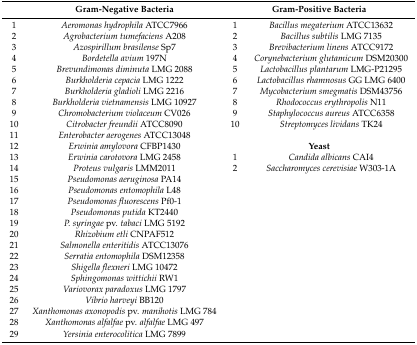
<table><thead><tr><td></td><td><b>Gram-Negative Bacteria</b></td><td colspan="2"><b>Gram-Positive Bacteria</b></td></tr></thead><tbody><tr><td>1</td><td><i>Aeromonas hydrophila</i> ATCC7966</td><td>1</td><td><i>Bacillus megaterium</i> ATCC13632</td></tr><tr><td>2</td><td><i>Agrobacterium tumefaciens</i> A208</td><td>2</td><td><i>Bacillus subtilis</i> LMG 7135</td></tr><tr><td>3</td><td><i>Azospirillum brasilense</i> Sp7</td><td>3</td><td><i>Brevibacterium linens</i> ATCC9172</td></tr><tr><td>4</td><td><i>Bordetella avium</i> 197N</td><td>4</td><td><i>Corynebacterium glutamicum</i> DSM20300</td></tr><tr><td>5</td><td><i>Brevundimonas diminuta</i> LMG 2088</td><td>5</td><td><i>Lactobacillus plantarum</i> LMG-P21295</td></tr><tr><td>6</td><td><i>Burkholderia cepacia</i> LMG 1222</td><td>6</td><td><i>Lactobacillus rhamnosus</i> GG LMG 6400</td></tr><tr><td>7</td><td><i>Burkholderia gladioli</i> LMG 2216</td><td>7</td><td><i>Mycobacterium smegmatis</i> DSM43756</td></tr><tr><td>8</td><td><i>Burkholderia vietnamensis</i> LMG 10927</td><td>8</td><td><i>Rhodococcus erythropolis</i> N11</td></tr><tr><td>9</td><td><i>Chromobacterium violaceum</i> CV026</td><td>9</td><td><i>Staphylococcus aureus</i> ATCC6358</td></tr><tr><td>10</td><td><i>Citrobacter freundii</i> ATCC8090</td><td>10</td><td><i>Streptomyces lividans</i> TK24</td></tr><tr><td>11</td><td><i>Enterobacter aerogenes</i> ATCC13048</td><td></td><td></td></tr><tr><td>12</td><td><i>Erwinia amylovora</i> CFBP1430</td><td colspan="2"><b>Yeast</b></td></tr><tr><td>13</td><td><i>Erwinia carotovora</i> LMG 2458</td><td>1</td><td><i>Candida albicans</i> CAI4</td></tr><tr><td>14</td><td><i>Proteus vulgaris</i> LMM2011</td><td>2</td><td><i>Saccharomyces cerevisiae</i> W303-1A</td></tr><tr><td>15</td><td><i>Pseudomonas aeruginosa</i> PA14</td><td></td><td></td></tr><tr><td>16</td><td><i>Pseudomonas entomophila</i> L48</td><td></td><td></td></tr><tr><td>17</td><td><i>Pseudomonas fluorescens</i> Pf0-1</td><td></td><td></td></tr><tr><td>18</td><td><i>Pseudomonas putida</i> KT2440</td><td></td><td></td></tr><tr><td>19</td><td><i>P. syringae</i> pv. <i>tabaci</i> LMG 5192</td><td></td><td></td></tr><tr><td>20</td><td><i>Rhizobium etli</i> CNPAF512</td><td></td><td></td></tr><tr><td>21</td><td><i>Salmonella enteritidis</i> ATCC13076</td><td></td><td></td></tr><tr><td>22</td><td><i>Serratia entomophila</i> DSM12358</td><td></td><td></td></tr><tr><td>23</td><td><i>Shigella flexneri</i> LMG 10472</td><td></td><td></td></tr><tr><td>24</td><td><i>Sphingomonas wittichii</i> RW1</td><td></td><td></td></tr><tr><td>25</td><td><i>Variovorax paradoxus</i> LMG 1797</td><td></td><td></td></tr><tr><td>26</td><td><i>Vibrio harveyi</i> BB120</td><td></td><td></td></tr><tr><td>27</td><td><i>Xanthomonas axonopodis</i> pv. <i>manihotis</i> LMG 784</td><td></td><td></td></tr><tr><td>28</td><td><i>Xanthomonas alfalfae</i> pv. <i>alfalfae</i> LMG 497</td><td></td><td></td></tr><tr><td>29</td><td><i>Yersinia enterocolitica</i> LMG 7899</td><td></td><td></td></tr></tbody></table>